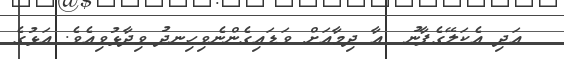
އަދި އެކަލޭގެފާނު  އާ ދިމާއަށް ވަޑައިގެންނެވިހިނދު ވިދާޅުވިއެވެ. އަޅުގެ